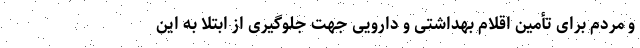
و مردم برای تأمین اقلام بهداشتی و دارویی جهت جلوگیری از ابتلا به این